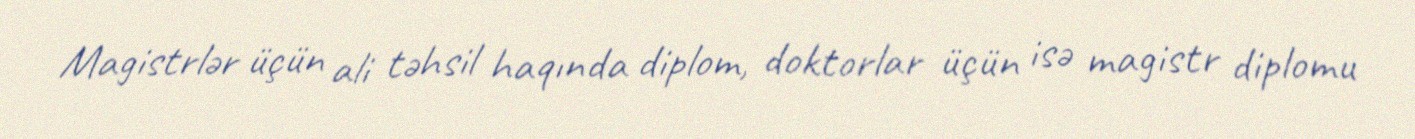
Magistrlər üçün ali təhsil haqında diplom, doktorlar üçün isə magistr diplomu